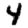
Digit: 4